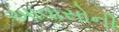
આવાસોની